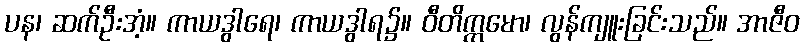
ပန၊ ဆက်ဦးအံ့။ ကာယဒွါရေ၊ ကာယဒွါရ၌။ ဝီတိက္ကမော၊ လွန်ကျူးခြင်းသည်။ အာဇီဝ